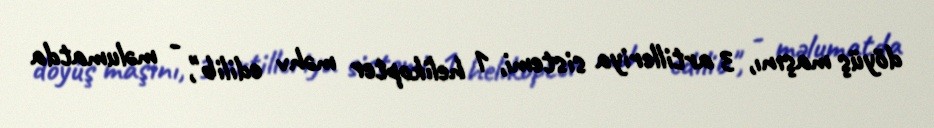
döyüş maşını, 3 artilleriya sistemi, 1 helikopter məhv edilib", - məlumatda